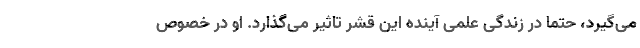
می‌گیرد، حتما در زندگی علمی آینده این قشر تاثیر می‌گذارد. او در خصوص